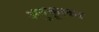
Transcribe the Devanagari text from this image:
अनुकूलत